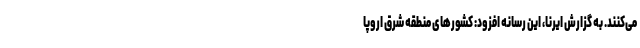
می‌کنند. به گزارش ایرنا، این رسانه افزود: کشورهای منطقه شرق اروپا